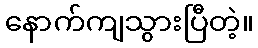
နောက်ကျသွားပြီတဲ့။